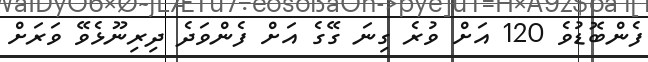
ފެންބޮޑުވެ 120 އަށް ވުރެ ގިނަ ގޭގެ އަށް ފެންވަދެ ދިރިނޫޅެވޭ ވަރަށް